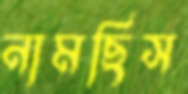
নামছিস